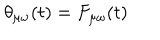
\theta _ { \mu \omega } ( t ) = F _ { \mu \omega } ( t )